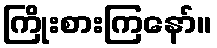
ကြိုးစားကြနော်။